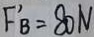
F ^ { \prime } _ { B } = 8 0 N